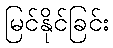
မြင်နိုင်ခြင်း